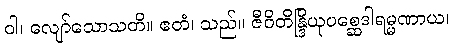
ဝါ၊ လျော်သောသတိ။ ဧတံ၊ သည်။ ဇီဝိတိန္ဒြိယုပစ္ဆေဒါရမ္မဏာယ၊